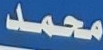
محمد